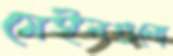
মেইলগুলো